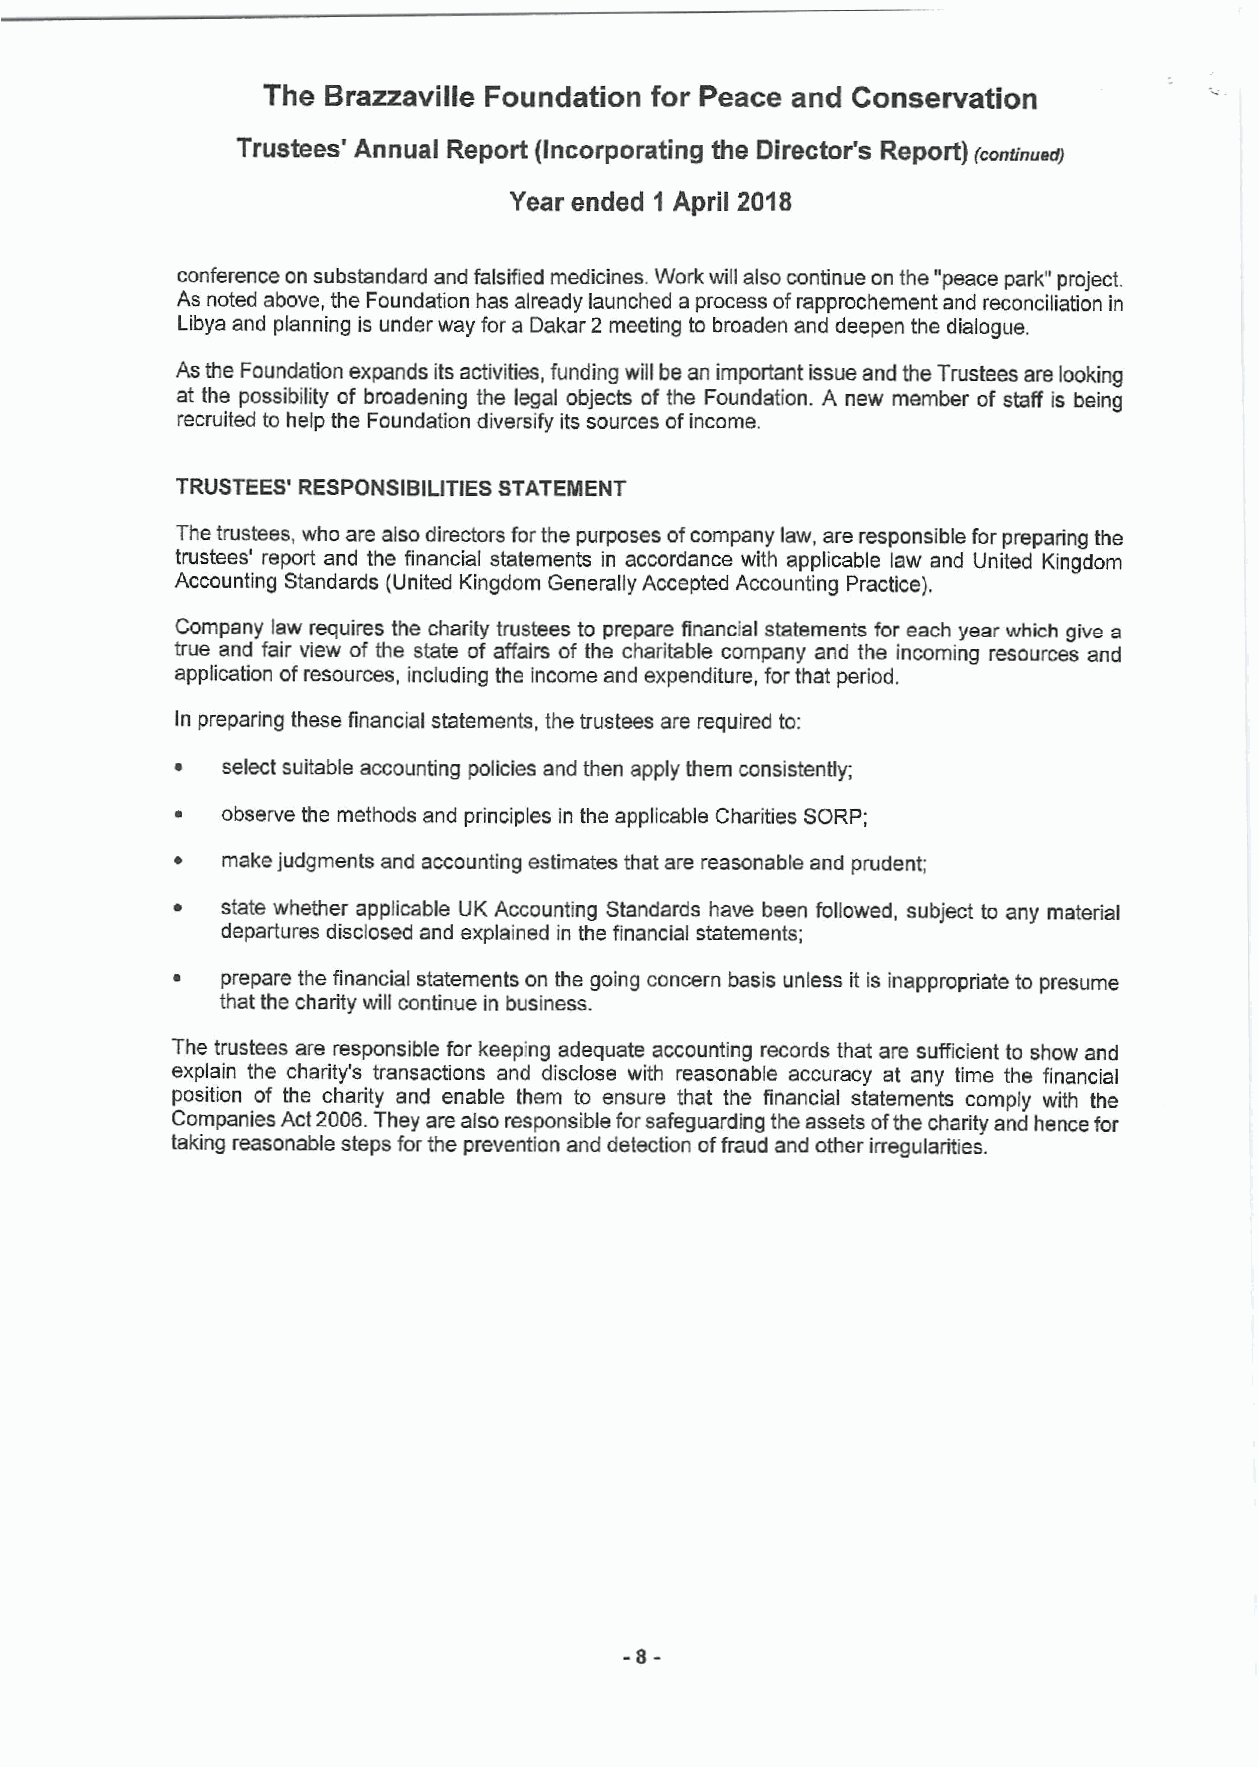
The Brazzaville Foundation for Peace and Conservation
 Trustees' Annual Report (Incorporating the Director's Report)
 (continued)
 Year ended 1 April 2018
 conferenceonsubstandardandfalsifiedmedicines.Workwillalsocontinueonthe"peacepark"project.
 Asnotedabove,theFoundationhasalreadylaunchedaprocessofrapprochementandreconciliationin
 Libyaandplanningis underway foraDakar2meetingtobroadenanddeepenthedialogue.
 AstheFoundationexpandsitsactivities,fundingwillbeanimportantissueandtheTrusteesarelooking
 at the possibility of broadening the legal objects of the Foundation. A new member of staff is being
 recruitedtohelptheFoundationdiversifyitssourcesofincome.
 TRUSTEES'RESPONSIBILITIESSTATEMENT
 Thetrustees,whoarealsodirectorsforthepurposesofcompanylaw,areresponsibleforpreparingthe
 trustees' report and the financial statements in accordance with applicable law and United Kingdom
 AccountingStandards (UnitedKingdomGenerally AcceptedAccountingPractice).
 Company law requires the charity trustees to prepare financial statements for each year which give a
 true and fair view of the state of affairs of the charitable company and the incoming resources and
 application ofresources,includingtheincomeandexpenditure,forthatperiod.
 Inpreparingthesefinancialstatements,thetrusteesarerequiredto:
 selectsuitableaccountingpolicies andthen applythemconsistently;
 observethemethodsandprinciplesintheapplicableCharitiesSORP;
 makejudgmentsandaccountingestimatesthatarereasonableandprudent;
 (cid:127) state whether applicable UK Accounting Standards have been followed, subject to any material
 departuresdisclosedandexplainedinthefinancialstatements;
 (cid:127) prepare thefinancialstatementsonthegoing concernbasisunlessitisinappropriatetopresume
 thatthecharitywillcontinueinbusiness.
 The trustees are responsible for keeping adequate accounting records that are sufficient to show and
 explain the charity's transactions and disclose with reasonable accuracy at any time the financial
 position of the charity and enable them to ensure that the financial statements comply with the
 CompaniesAct2006.Theyarealsoresponsibleforsafeguardingtheassetsofthecharityandhencefor
 takingreasonablestepsforthepreventionanddetectionoffraudandotherirregularities.
 -
 -8